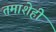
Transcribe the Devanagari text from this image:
तमाशेही